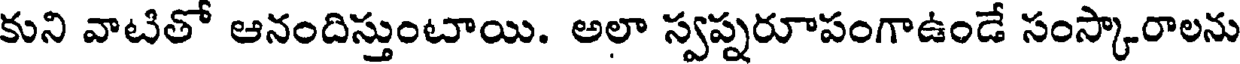
కుని వాటితో ఆనందిస్తుంటాయి. అలా స్వప్నరూపంగాఉండే సంస్కారాలను